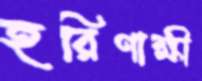
হরিণাক্ষী